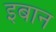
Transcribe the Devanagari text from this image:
इबान